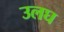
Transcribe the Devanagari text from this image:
उलघ